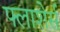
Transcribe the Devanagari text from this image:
फ्लाशेर्स